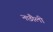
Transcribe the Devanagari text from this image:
नछौली